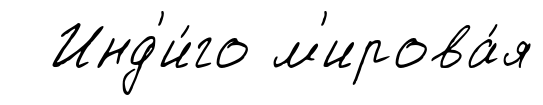
Инд'и́го м'ирова́я